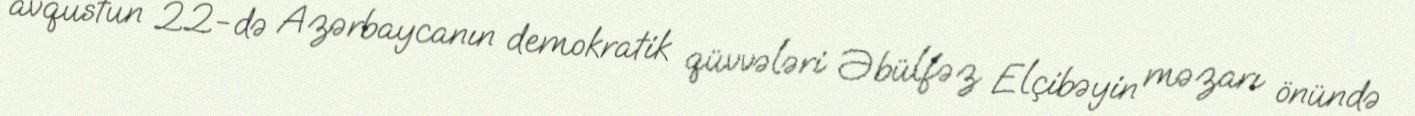
avqustun 22-də Azərbaycanın demokratik qüvvələri Əbülfəz Elçibəyin məzarı önündə